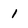
Character: 1